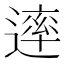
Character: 䢦